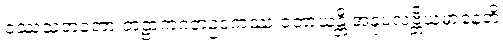
ဝဿသတတော တဠာကဂတဥဒကဿ ဝတာယန္တိ အနုပလဗ္ဘိယမာနေတိ